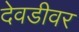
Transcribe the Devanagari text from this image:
देवडीवर